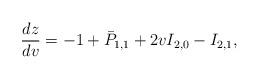
LaTeX: \begin{align*} \frac{dz}{dv}=-1+\bar{P}_{1,1}+2vI_{2,0}-I_{2,1},\end{align*}